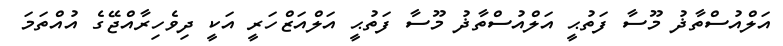
އަލްއުސްތާޛު މޫސާ ފަތުޙީ އަލްއުސްތާޛު މޫސާ ފަތުޙީ އަލްއަޒްހަރީ އަކީ ދިވެހިރާއްޖޭގެ އުއްތަމަ